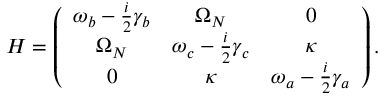
{ \cal H } = \left( \begin{array} { c c c } { { \omega _ { b } - \frac { i } { 2 } \gamma _ { b } } } & { { \Omega _ { N } } } & { { 0 } } \\ { { \Omega _ { N } } } & { { \omega _ { c } - \frac { i } { 2 } \gamma _ { c } } } & { { \kappa } } \\ { { 0 } } & { { \kappa } } & { { \omega _ { a } - \frac { i } { 2 } \gamma _ { a } } } \end{array} \right) .